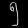
Digit: ၅